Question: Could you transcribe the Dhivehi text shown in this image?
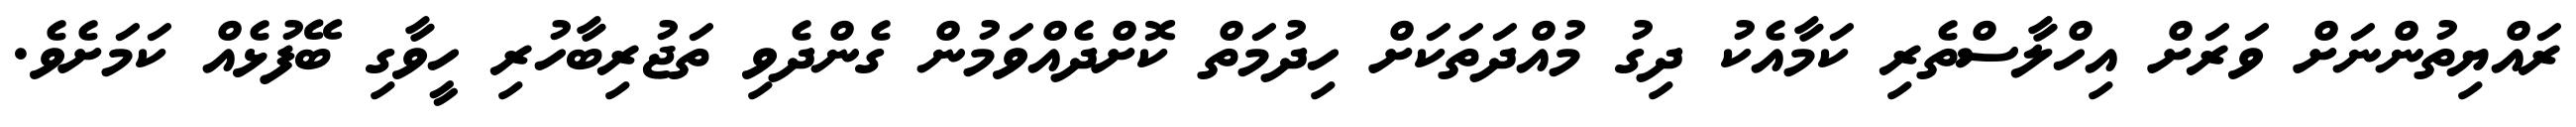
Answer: ރައްޔިތުންނަށް ވަރަށް އިހްލާސްތެރި ކަމާއެކު ދިގު މުއްދަތަކަށް ހިދުމަތް ކޮށްދެއްވަމުން ގެންދެވި ތަޖުރިބާހުރި ހީވާގި ބޭފުޅެއް ކަމަށެވެ.